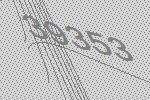
39353